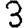
Digit: 3